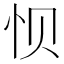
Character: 𮲀